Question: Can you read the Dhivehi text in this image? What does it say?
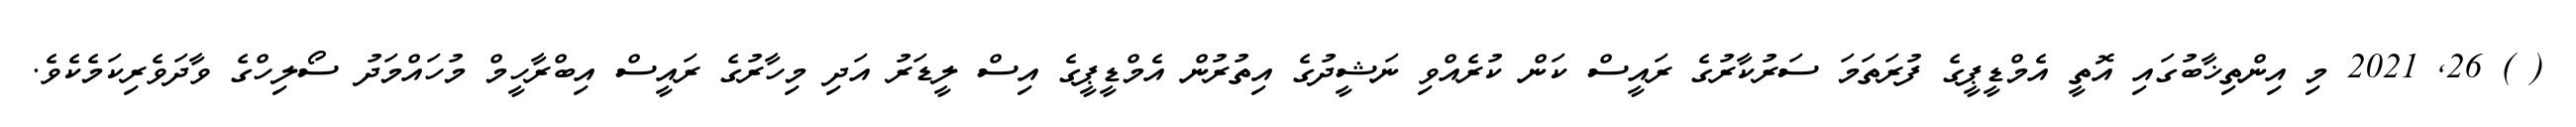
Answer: ( ) 26, 2021 މި އިންތިޚާބުގައި އޮތީ އެމްޑީޕީގެ ފުރަތަމަ ސަރުކާރުގެ ރައީސް ކަން ކުރެއްވި ނަޝީދުގެ އިތުރުން އެމްޑީޕީގެ އިސް ލީޑަރު އަދި މިހާރުގެ ރައީސް އިބްރާހީމް މުހައްމަދު ސޯލިހްގެ ވާދަވެރިކަމެކެވެ.